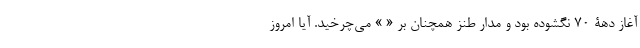
آغاز دهۀ 70 نگشوده بود و مدار طنز همچنان بر « » می‌چرخید. آیا امروز